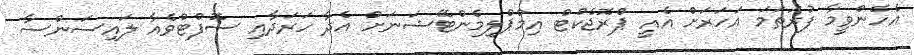
އެހެންވީމާ ފުރަތަމަ އަހަރަށް އެއީ ޕްރޮޖެކްޓް އިމްޕްލިމެންޓޭޝަނަށް އެދާ ހަރަދާއި ސޮފްޓްވެއާ ލައިސަންސާ